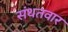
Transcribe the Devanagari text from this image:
संथतवार